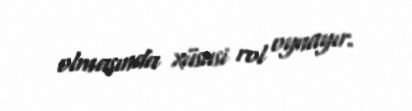
olmasında xüsusi rol oynayır.